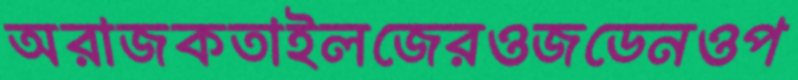
অরাজকতাইলজেরওজডেনওপ